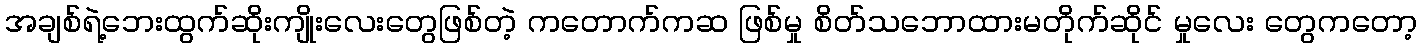
အချစ်ရဲ့ဘေးထွက်ဆိုးကျိုးလေးတွေဖြစ်တဲ့ ကတောက်ကဆ ဖြစ်မှု စိတ်သဘောထားမတိုက်ဆိုင် မှုလေး တွေကတော့